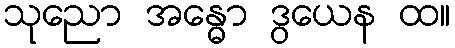
သုညော အန္ဓော ဒွယေန ထ။